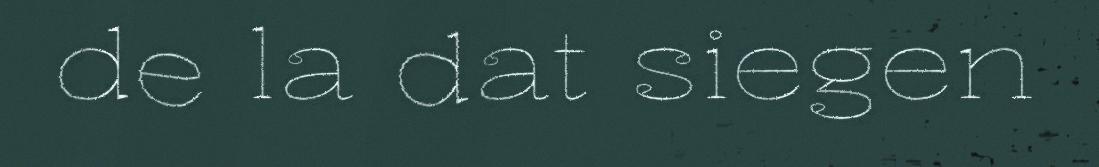
de la dat siegen